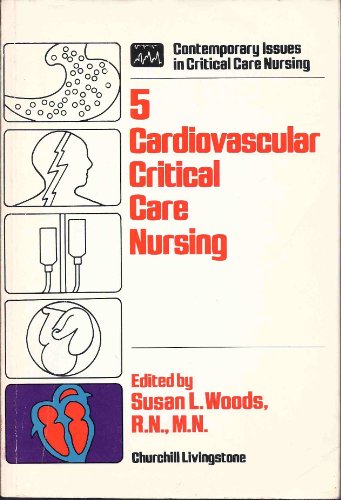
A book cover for Cardiovascular Critical Care Nursing #5; Susan L. Woods; Medical Books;